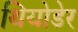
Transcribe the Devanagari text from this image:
थियोडेर